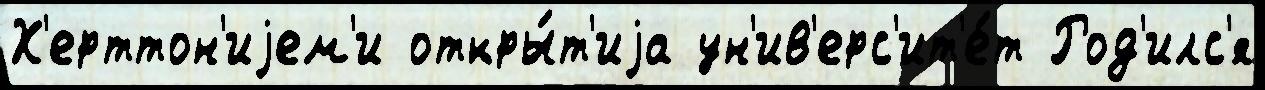
Х'ерттон'иjем'и откры́т'иjа ун'ив'ерс'ит'е́т Род'илс'я